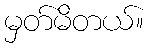
မှတ်မိတယ်။